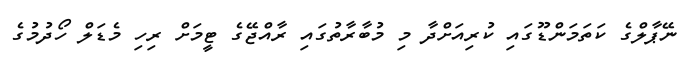
ނޭޕާލްގެ ކަތަމަންޑޫގައި ކުރިއަށްދާ މި މުބާރާތުގައި ރާއްޖޭގެ ޓީމަށް ރިހި މެޑަލް ހޯދުމުގެ